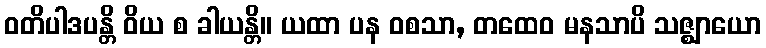
ဝတိပါဒပန္တိ ဝိယ စ ခါယန္တိ။ ယထာ ပန ဝစသာ, တထေဝ မနသာပိ သဇ္ဈာယော